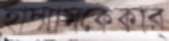
হাম্মামকেকার্